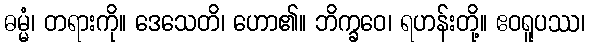
ဓမ္မံ၊ တရားကို။ ဒေသေတိ၊ ဟော၏။ ဘိက္ခဝေ၊ ရဟန်းတို့။ ဧဝရူပဿ၊